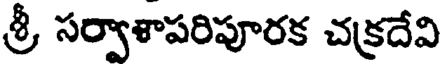
శ్రీ సర్వాశాపరిపూరక చక్రదేవి